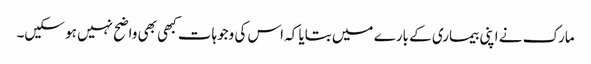
مارک نے اپنی بیماری کے بارے میں بتایا کہ اس کی وجوہات کبھی بھی واضح نہیں ہو سکیں۔